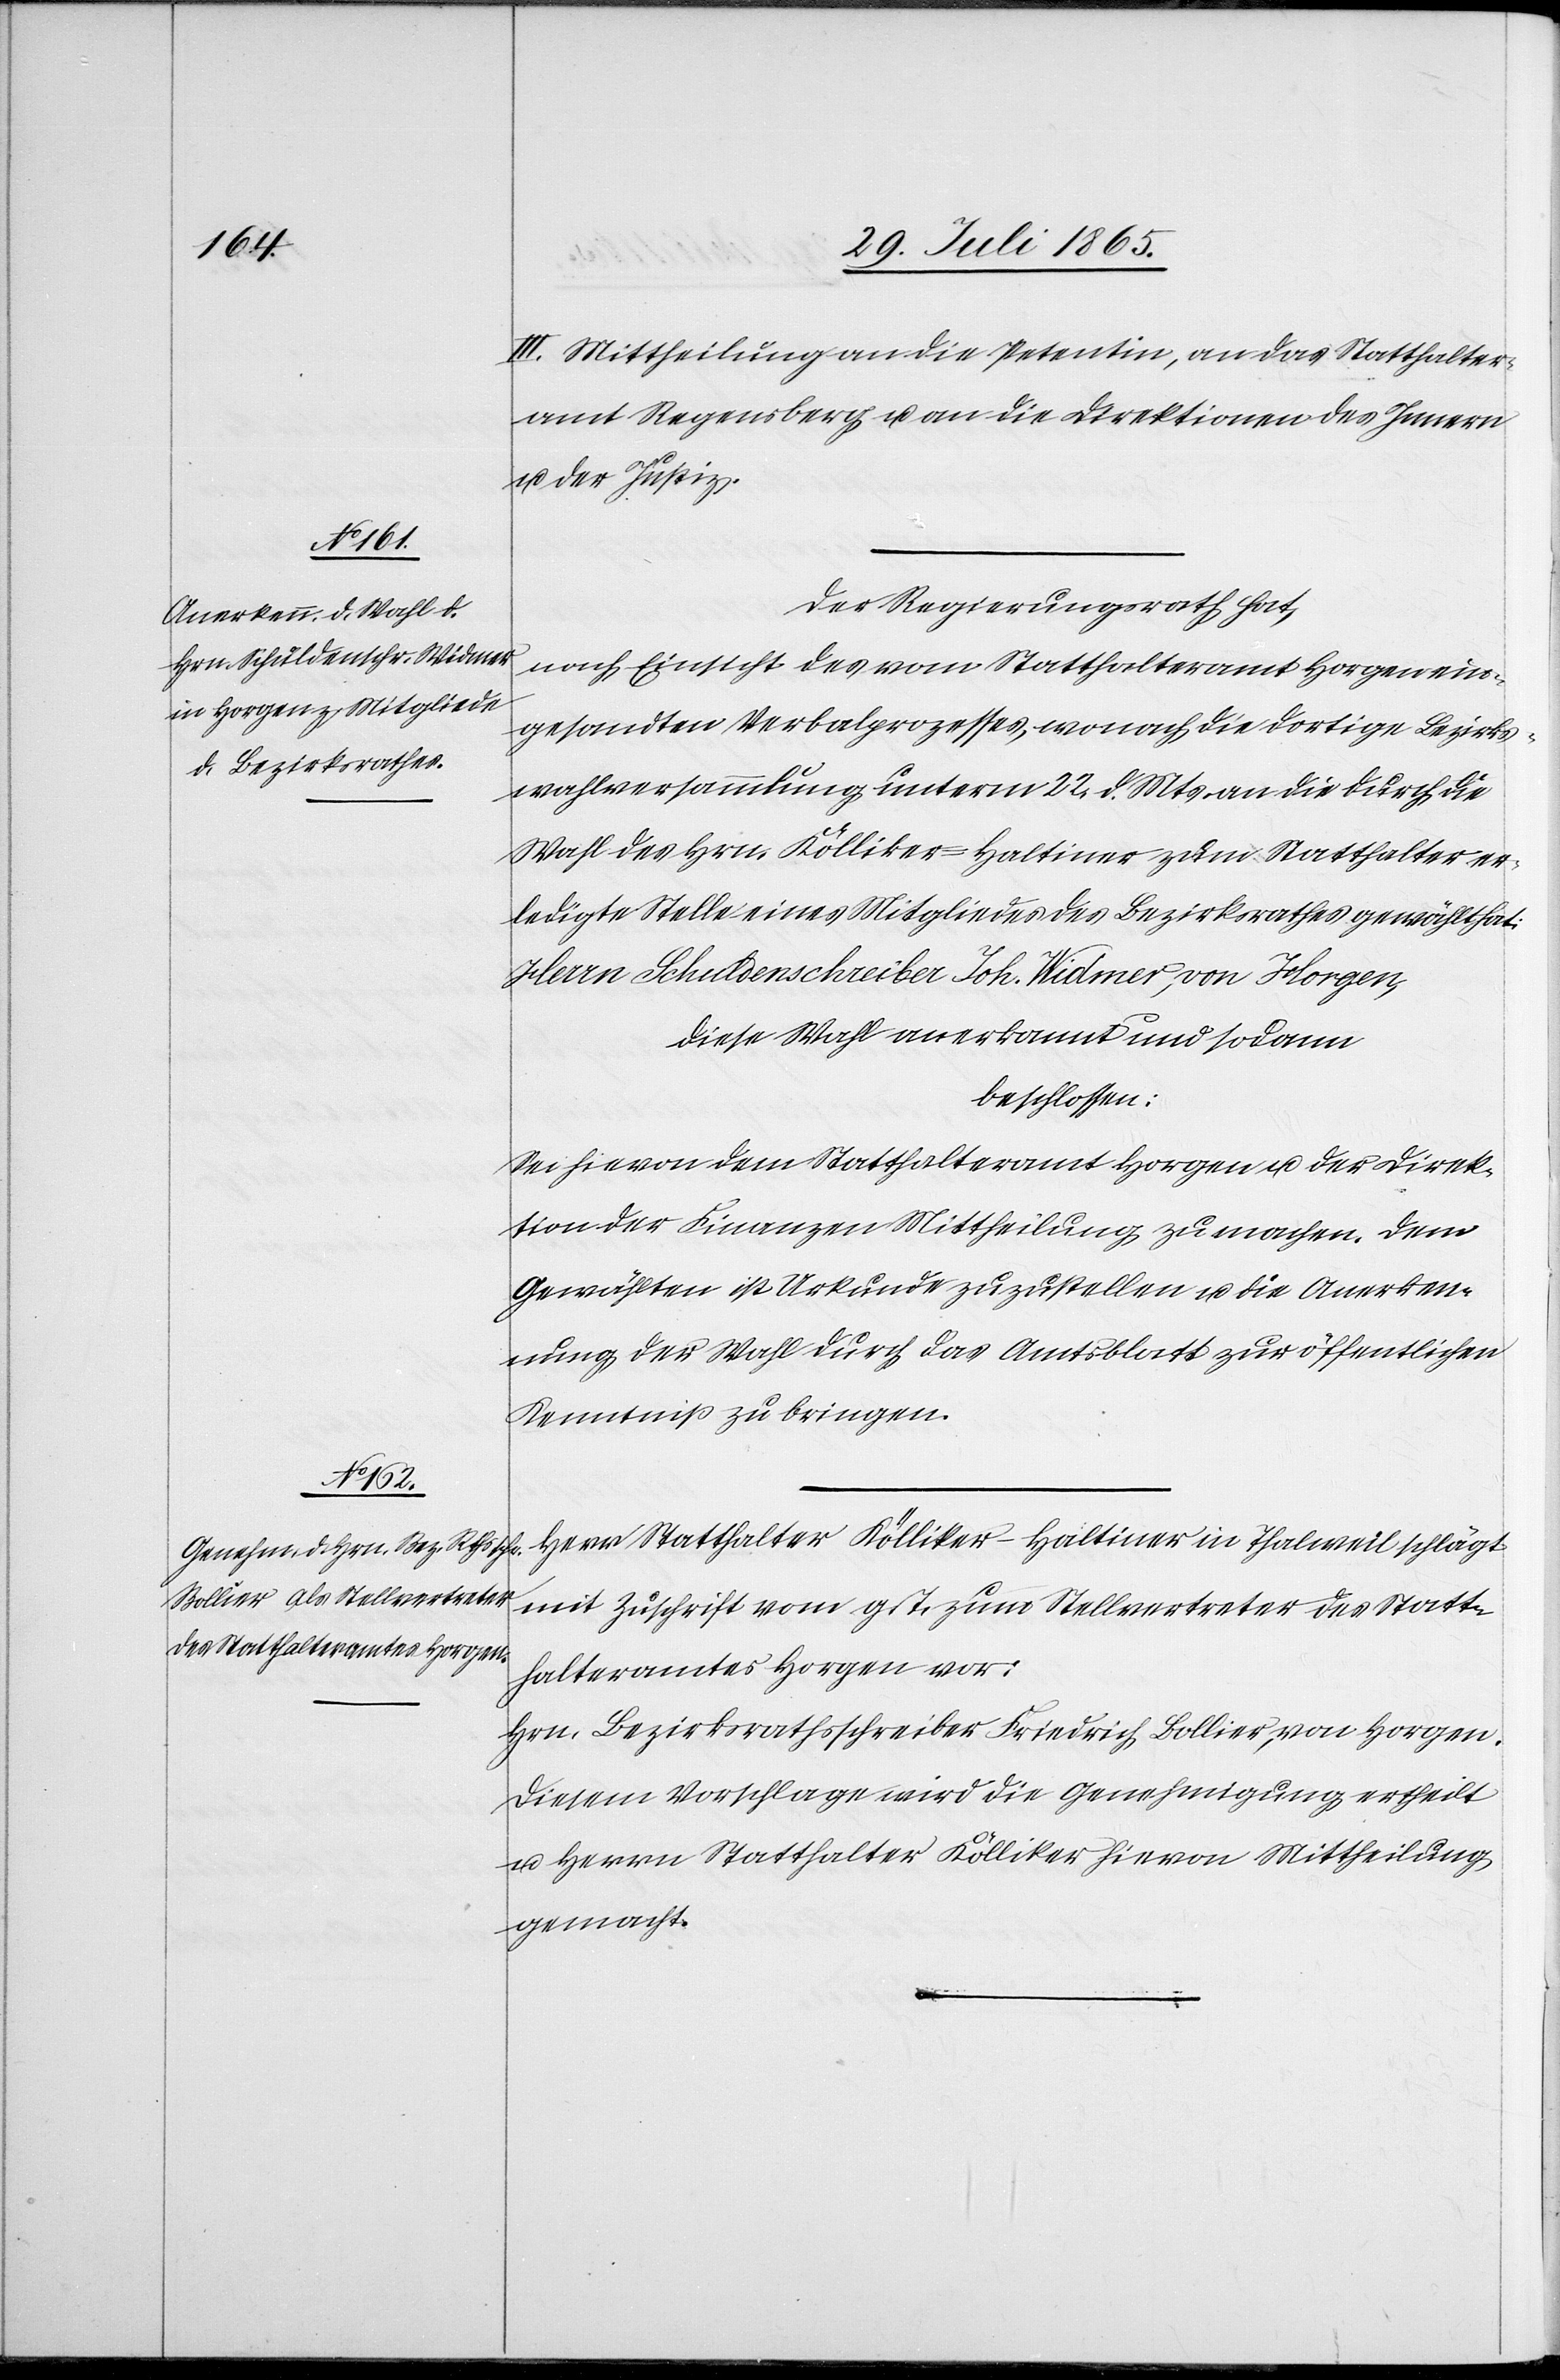
III. Mittheilung an die Petentin, an das Statthalter¬
amt Regensberg u. an die Direktion des Innern
u. der Justiz.
Der Regierungsrath hat,
nach Einsicht des vom Statthalteramt Horgen ein¬
gesandten Verbalprozesses, wonach die dortige Bezirks¬
wahlversammlung unterm 22. d. Mts. an die durch die
Wahl des Hrn. Kölliker-Haltiner zum Statthalter er¬
ledigte Stelle eines Mitgliedes des Bezirksrathes gewählt hat:
Herrn Schuldenschreiber Joh. Widmer, von Horgen,
beschlossen:
Sei hievon dem Statthalteramt Horgen u. der Direk¬
tion der Finanzen Mittheilung zu machen. Dem
Gewählten ist Urkunde zuzustellen u. die Anerken¬
nung der Wahl durch das Amtsblatt zur öffentlichen
Kenntniß zu bringen.
schlägt
mit Zuschrift vom g. T. zum Stellvertreter des Statt¬
halteramtes Horgen vor:
Hrn. Bezirkrathsschreiber Friedrich Bolier, von Horgen.
Diesem Vorschlage wird die Genehmigung ertheilt
u. Herrn Statthalter Kölliker hievon Mittheilung
gemacht.